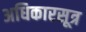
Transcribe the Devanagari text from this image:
अधिकारसूत्र